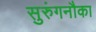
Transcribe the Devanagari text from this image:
सुरुंगनौका